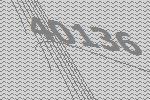
40136